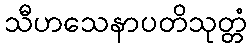
သီဟသေနာပတိသုတ္တံ